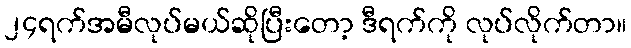
၂၄ရက်အမီလုပ်မယ်ဆိုပြီးတော့ ဒီရက်ကို လုပ်လိုက်တာ။